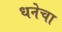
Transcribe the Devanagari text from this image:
धनेचा